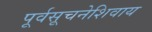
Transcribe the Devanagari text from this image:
पूर्वसूचनेशिवाय